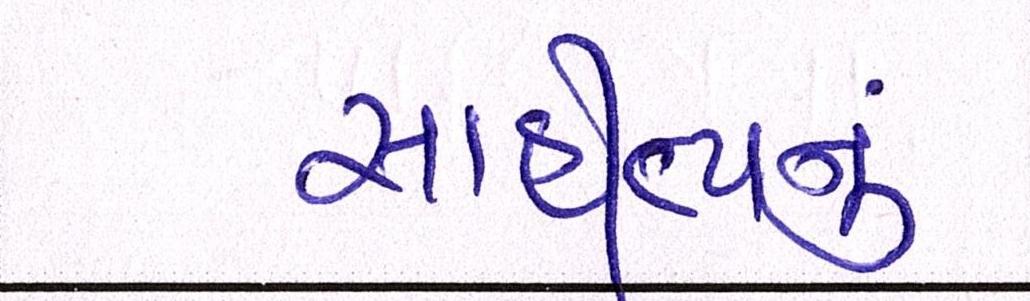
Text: સાહીત્યનું